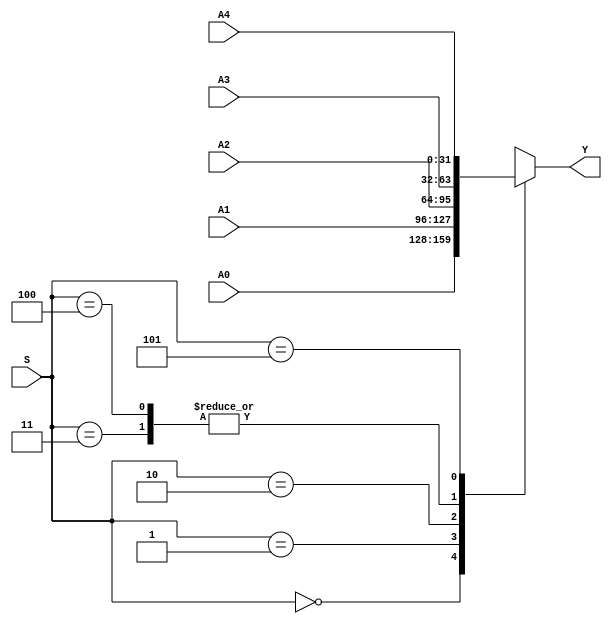
`timescale 1ns / 1ps
//////////////////////////////////////////////////////////////////////////////////
// Company: 
// Engineer: 
// 
// Design Name: 
// Module Name: mux
// Project Name: 
// Target Devices: 
// Tool Versions: 
// Description: 
// 
// Dependencies: 
// 
// Revision:
// Revision 0.01 - File Created
// Additional Comments:
// 
//////////////////////////////////////////////////////////////////////////////////


module Mux5x32(A0,A1,A2,A3,A4,S,Y);
    input [31:0] A0, A1, A2, A3, A4;
    input [2:0] S;
	output [31:0] Y;
	
	function [31:0] select;
        input [31:0] A0, A1, A2, A3, A4;
        input [2:0] S;
		
		case(S)
		3'b000: select = A0;
		3'b001: select = A1;
		3'b010: select = A2;
		3'b011: select = A3;
		3'b100: select = A3;
		3'b101: select = A4;
        endcase
	endfunction
	
	assign Y = select(A0, A1, A2, A3, A4, S);
endmodule

module Mux2x5(A0, A1, S, Y);
	input [4:0] A0, A1;
	input S;
	output [4:0] Y;
	
	function [4:0] select;
		input [4:0] A0,A1;
		input S;
		
		case(S)
		0:select = A0;
		1:select = A1;
		endcase
	endfunction
	assign Y = select(A0,A1,S);
endmodule

module Mux2x32(A0, A1, S, Y);
	input [31:0] A0,A1;
    input S;
	output [31:0] Y;
	
	function [31:0] select;
		input [31:0] A0,A1;
		input S;
	
	case(S)
		0: select = A0;
		1: select = A1;
		endcase
	endfunction
	assign Y = select(A0, A1, S);
endmodule